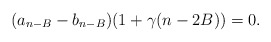
\begin{align*}(a_{n-B} - b_{n-B})(1 + \gamma (n - 2B)) = 0.\end{align*}